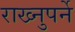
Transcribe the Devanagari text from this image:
राख्नुपर्ने